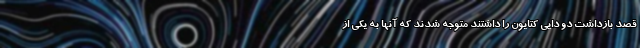
قصد بازداشت دو دایی کتایون را داشتند متوجه شدند که آنها به یکی از